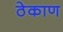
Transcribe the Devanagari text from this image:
ठेकाण